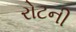
રોટની